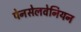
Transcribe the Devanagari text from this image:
पेनसेलवेनियन